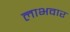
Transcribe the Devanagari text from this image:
लाभवार